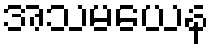
အသမယေန